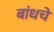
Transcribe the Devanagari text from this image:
बांधचे